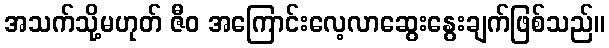
အသက်သို့မဟုတ် ဇီဝ အကြောင်းလေ့လာဆွေးနွေးချက်ဖြစ်သည်။